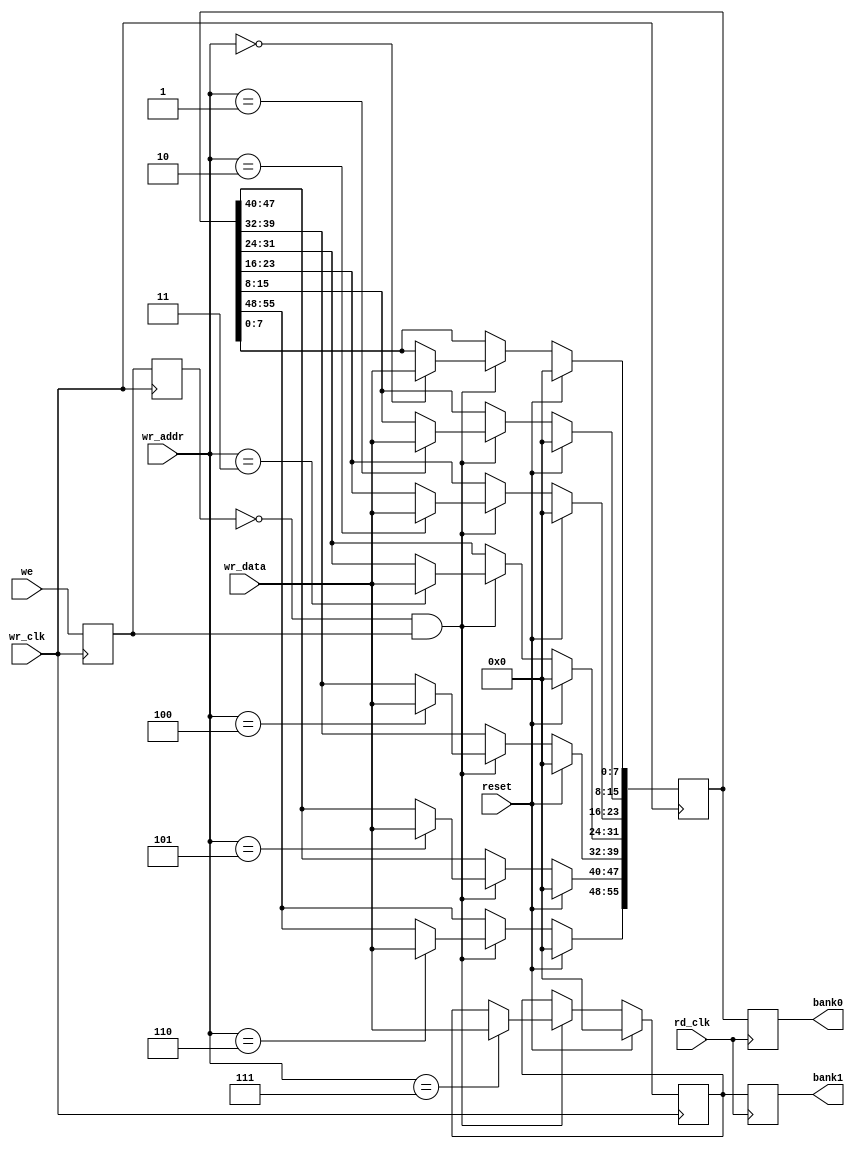
/*
    This program is free software: you can redistribute it and/or modify
     it under the terms of the GNU General Public License as published by
     the Free Software Foundation, either version 3 of the License, or
     (at your option) any later version.
 
     This program is distributed in the hope that it will be useful,
     but WITHOUT ANY WARRANTY; without even the implied warranty of
     MERCHANTABILITY or FITNESS FOR A PARTICULAR PURPOSE.  See the
     GNU General Public License for more details.
 
     You should have received a copy of the GNU General Public License
     along with this program.  If not, see <http://www.gnu.org/licenses/>.
 
 
     Copyright 2016 Andrew 'bunnie' Huang, all rights reserved 
 */

module reg_expander(
		    input wire 	     wr_clk,
		    input wire 	     reset,

		    input wire 	     rd_clk,

		    input wire [2:0] wr_addr,
		    input wire [7:0] wr_data,

		    input wire 	     we,

		    output reg [55:0] bank0,
		    output reg [7:0] bank1
		    );

   reg 				     we_d;
   reg 				     we_d2;
   wire 			     we_rising;
   reg [55:0] 			     state0;
   reg [7:0] 			     state1;
   
   always @(posedge wr_clk) begin
      we_d2 <= we_d;
      we_d <= we;
   end
   assign we_rising = !we_d2 & we_d;
   
   always @(posedge wr_clk) begin
      if( reset ) begin
	 state0 <= 56'h0;
	 state1 <= 8'h0;
      end else begin
	 if( we_rising ) begin
	    case( wr_addr )
	      3'h0: begin
		 state0[7:0] <= wr_data;
	      end
	      3'h1: begin
		 state0[15:8] <= wr_data;
	      end
	      3'h2: begin
		 state0[23:16] <= wr_data;
	      end
	      3'h3: begin
		 state0[31:24] <= wr_data;
	      end
	      3'h4: begin
		 state0[39:32] <= wr_data;
	      end
	      3'h5: begin
		 state0[47:40] <= wr_data;
	      end
	      3'h6: begin
		 state0[55:48] <= wr_data;
	      end
	      3'h7: begin
		 state1[7:0] <= wr_data;
	      end
	    endcase
	 end // if ( we )
      end // else: !if( reset )
   end // always @ (posedge wr_clk)

   always @(posedge rd_clk) begin
      bank0 <= state0;
      bank1 <= state1;
   end

endmodule // reg_expander